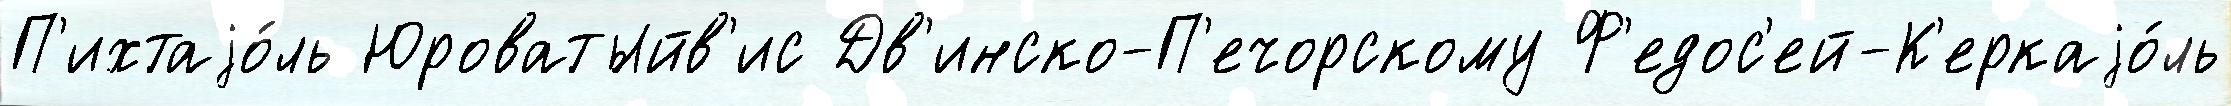
П'ихтаjо́ль Юроватыйв'ис Дв'инско-П'ечорскому Ф'едос'ей-К'еркаjо́ль